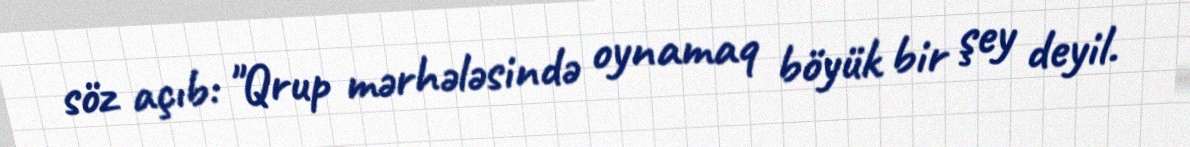
söz açıb: "Qrup mərhələsində oynamaq böyük bir şey deyil.